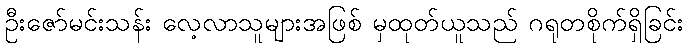
ဦးဇော်မင်းသန်း လေ့လာသူများအဖြစ် မှထုတ်ယူသည် ဂရုတစိုက်ရှိခြင်း